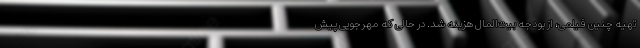
تهیه چنین فیلمی، از بودجه بیت‌المال هزینه شد. در حالی که مهرجویی پیش